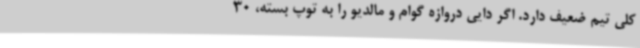
کلی تیم ضعیف دارد. اگر دایی دروازه گوام و مالدیو را به توپ بسته، 30